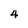
Character: 4